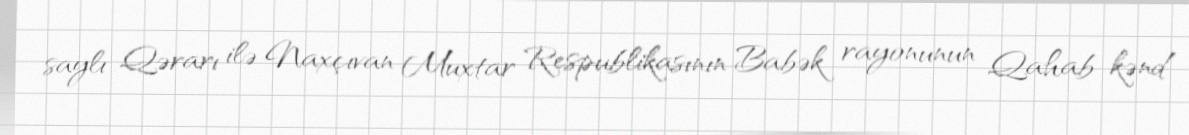
saylı Qərarı ilə Naxçıvan Muxtar Respublikasının Babək rayonunun Qahab kənd